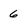
Character: 6